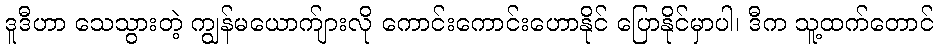
ဒူဒီဟာ သေသွားတဲ့ ကျွန်မယောက်ျားလို ကောင်းကောင်းဟောနိုင် ပြောနိုင်မှာပါ၊ ဒီက သူ့ထက်တောင်